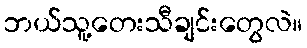
ဘယ်သူ့တေးသီချင်းတွေလဲ။